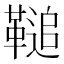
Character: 𩌝